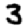
Digit: 3